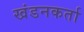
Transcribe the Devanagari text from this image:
खंडनकर्ता